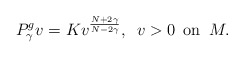
\begin{align*}P_{\gamma}^{g} v = Kv^{\frac{N + 2\gamma}{N - 2\gamma}}, \,\,\, v > 0 {\rm \,\,\,on\,\,\,} M.\end{align*}